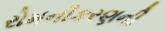
રોમનીકરણની